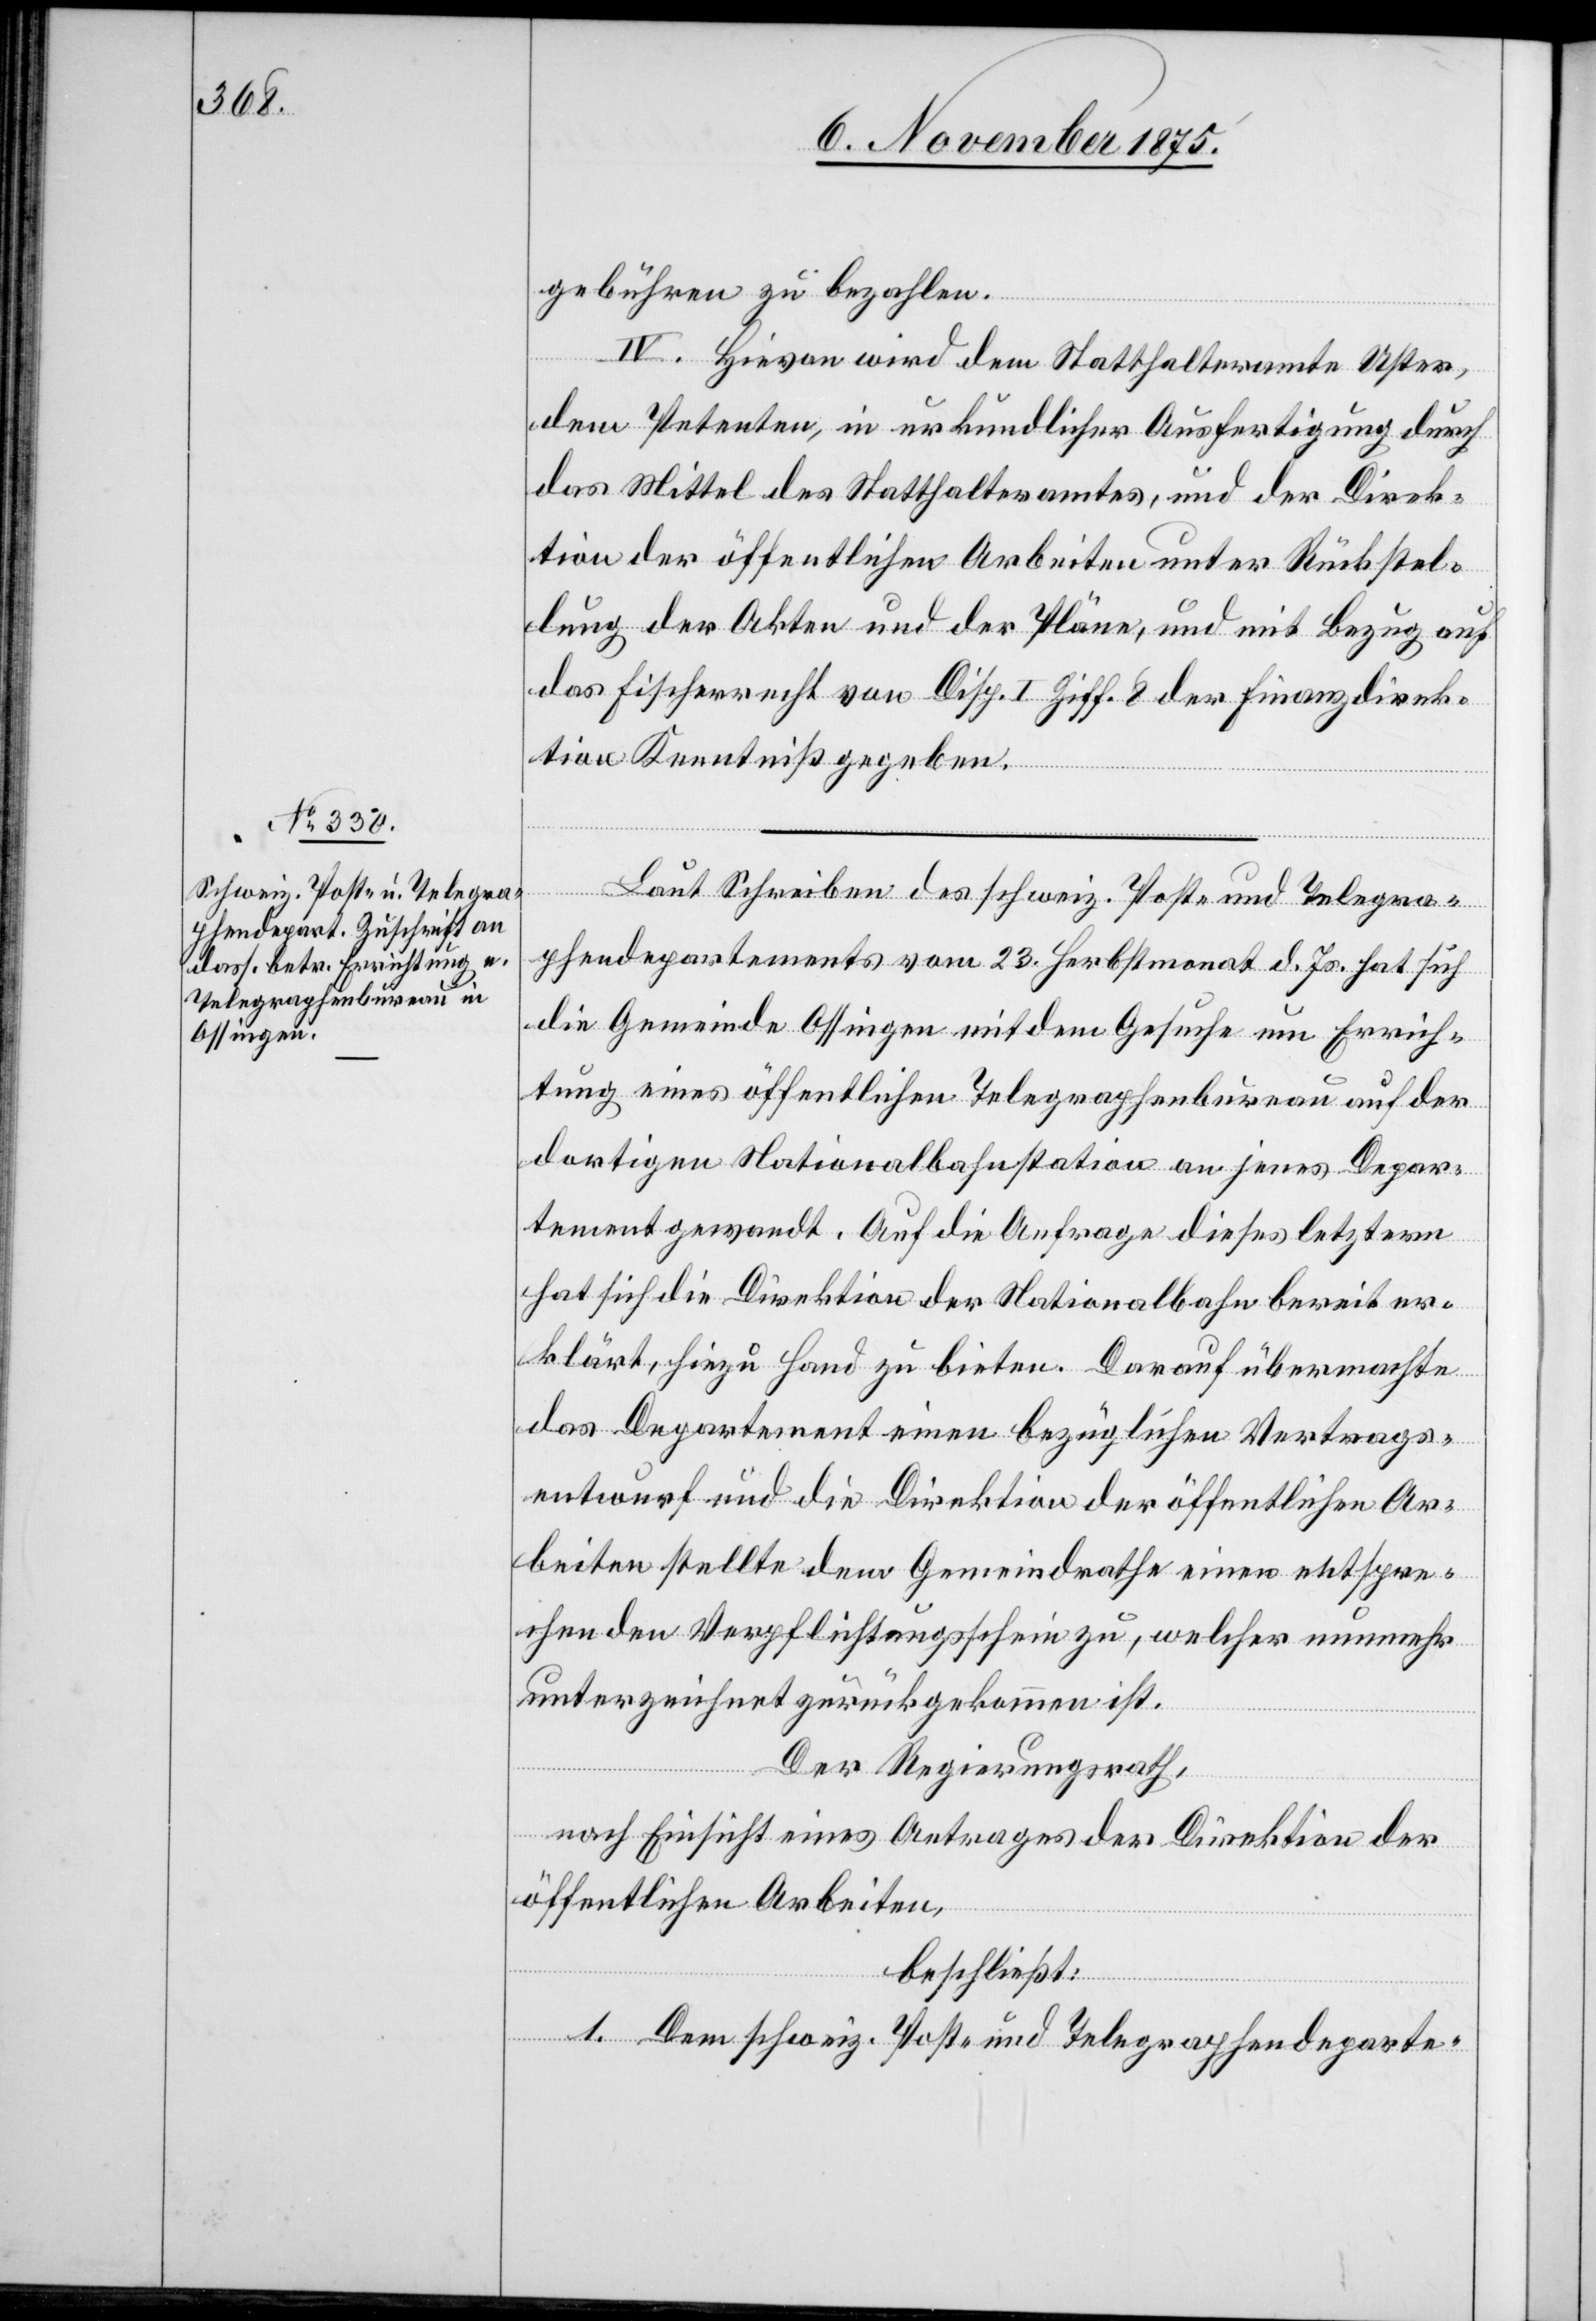
gebühren zu bezahlen.
IV. Hievon wird dem Statthalteramte Uster,
dem Petenten, in urkundlicher Ausfertigung durch
das Mittel des Statthalteramtes, und der Direk¬
tion der öffentlichen Arbeiten unter Rückstel¬
lung der Akten und der Pläne, und mit Bezug auf
das Fischerrecht von Disp. I Ziff. 8 der Finanzdirek¬
tion Kenntniß gegeben.
Laut Schreiben des schweiz. Post- und Telegra¬
phendepartements vom 23. Herbstmonat d. Js. hat sich
die Gemeinde Ossingen mit dem Gesuche um Errich¬
tung eines öffentlichen Telegraphenbureau auf der
dortigen Nationalbahnstation an jenes Depar¬
tement gewandt. Auf die Anfrage dieses letztern
hat sich die Direktion der Nationalbahn bereit er¬
klärt, hiezu Hand zu bieten. Darauf übermachte
das Departement einen bezüglichen Vertrags¬
entwurf und die Direktion der öffentlichen Ar¬
beiten stellte dem Gemeindrathe einen entspre¬
chenden Verpflichtungsschein zu, welcher nunmehr
unterzeichnet zurückgekommen ist.
Der Regierungsrath,
nach Einsicht eines Antrages der Direktion der
öffentlichen Arbeiten,
beschließt:
1. Dem schweiz. Post- und Telegraphendeparte-